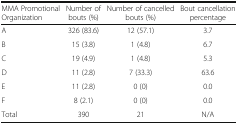
| MMA Promotional Organization | Number of bouts (%) | Number of cancelled bouts (%) | Bout cancellation percentage |
 | --- | --- | --- | --- |
 | A | 326 (83.6) | 12 (57.1) | 3.7 |
 | B | 15 (3.8) | 1 (4.8) | 6.7 |
 | C | 19 (4.9) | 1 (4.8) | 5.3 |
 | D | 11 (2.8) | 7 (33.3) | 63.6 |
 | E | 11 (2.8) | 0 (0) | 0.0 |
 | F | 8 (2.1) | 0 (0) | 0.0 |
 | Total | 390 | 21 | N/A |